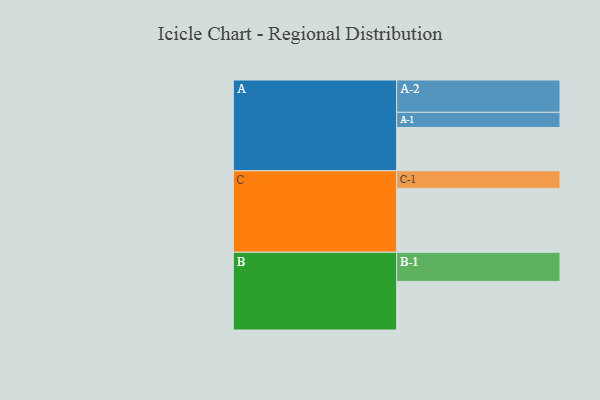
{"axis": {"x": "Segment", "y": "Value"}, "legend": ["", "A", "B", "C"], "data": [{"x": "A", "y": 394, "type": ""}, {"x": "B", "y": 442, "type": ""}, {"x": "C", "y": 581, "type": ""}, {"x": "A-1", "y": 138, "type": "A"}, {"x": "A-2", "y": 294, "type": "A"}, {"x": "B-1", "y": 265, "type": "B"}, {"x": "C-1", "y": 160, "type": "C"}]}